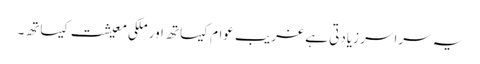
یہ سراسر زیادتی ہے غریب عوام کیساتھ اور ملکی معیشت کیساتھ۔